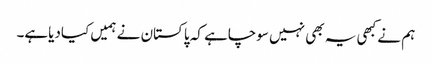
ہم نے کبھی یہ بھی نہیں سوچاہے کہ پاکستان نے ہمیں کیادیاہے۔